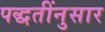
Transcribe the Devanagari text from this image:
पद्धतींनुसार